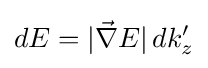
dE=|{\vec {\nabla }}E|\,dk'_{z}